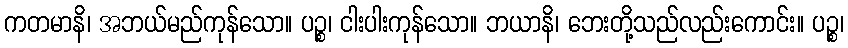
ကတမာနိ၊ အဘယ်မည်ကုန်သော။ ပဉ္စ၊ ငါးပါးကုန်သော။ ဘယာနိ၊ ဘေးတို့သည်လည်းကောင်း။ ပဉ္စ၊